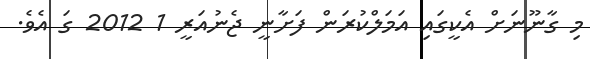
މި ގާނޫނަށް އެކީގައި އަމަލްކުރަން ފަށާނީ ޖެނުއަރީ 1 2012 ގަ އެވެ.